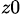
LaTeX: _{z0}